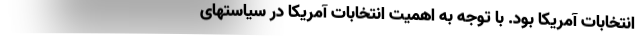
انتخابات آمریکا بود. با توجه به اهمیت انتخابات آمریکا در سیاستهای